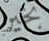
بخير